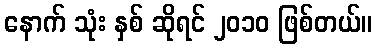
နောက် သုံး နှစ် ဆိုရင် ၂၀၁၀ ဖြစ်တယ်။